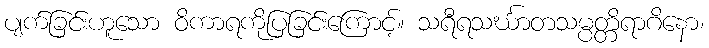
ပျက်ခြင်းဟူသော ဝိကာရကိုပြခြင်းကြောင့်။ သရီရသင်္ဃာတသမ္ပတ္တိရာဂိနော၊